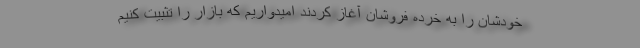
خودشان را به خرده فروشان آغاز کردند امیدواریم که بازار را تثبیت کنیم